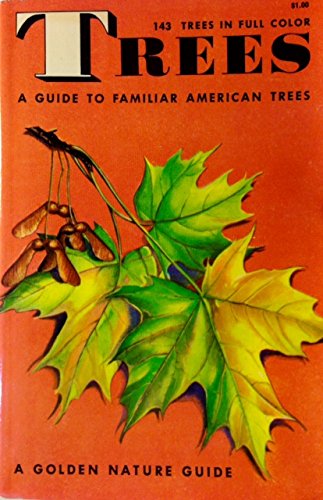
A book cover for A GOLDEN GUIDE: TREES.; Herbert Zim & Alexander Martin.; Crafts, Hobbies & Home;